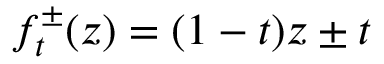
f _ { t } ^ { \pm } ( z ) = ( 1 - t ) z \pm t